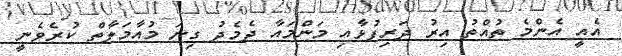
އެއީ އެންމެ ތުއްތު އިރު ދަރިފުޅާއި މަންމައާ ދެމެދު ގިނަ މުއާމަލާތް ކުރެވެނީ